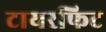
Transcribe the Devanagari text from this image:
टायरफिट